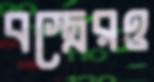
বস্ত্রেরও